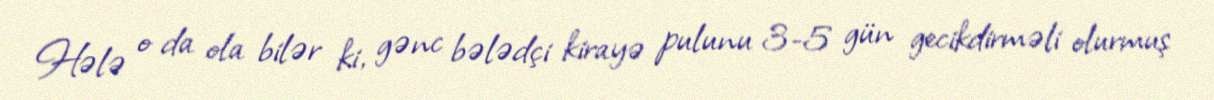
Hələ o da ola bilər ki, gənc bələdçi kirayə pulunu 3-5 gün gecikdirməli olurmuş